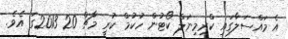
އެ މައްސަލާގައި ކްރިމިނަލް ކޯޓުން ހުކުމް ކުރީ މާޗް 20 2013ގަ އެވެެ.